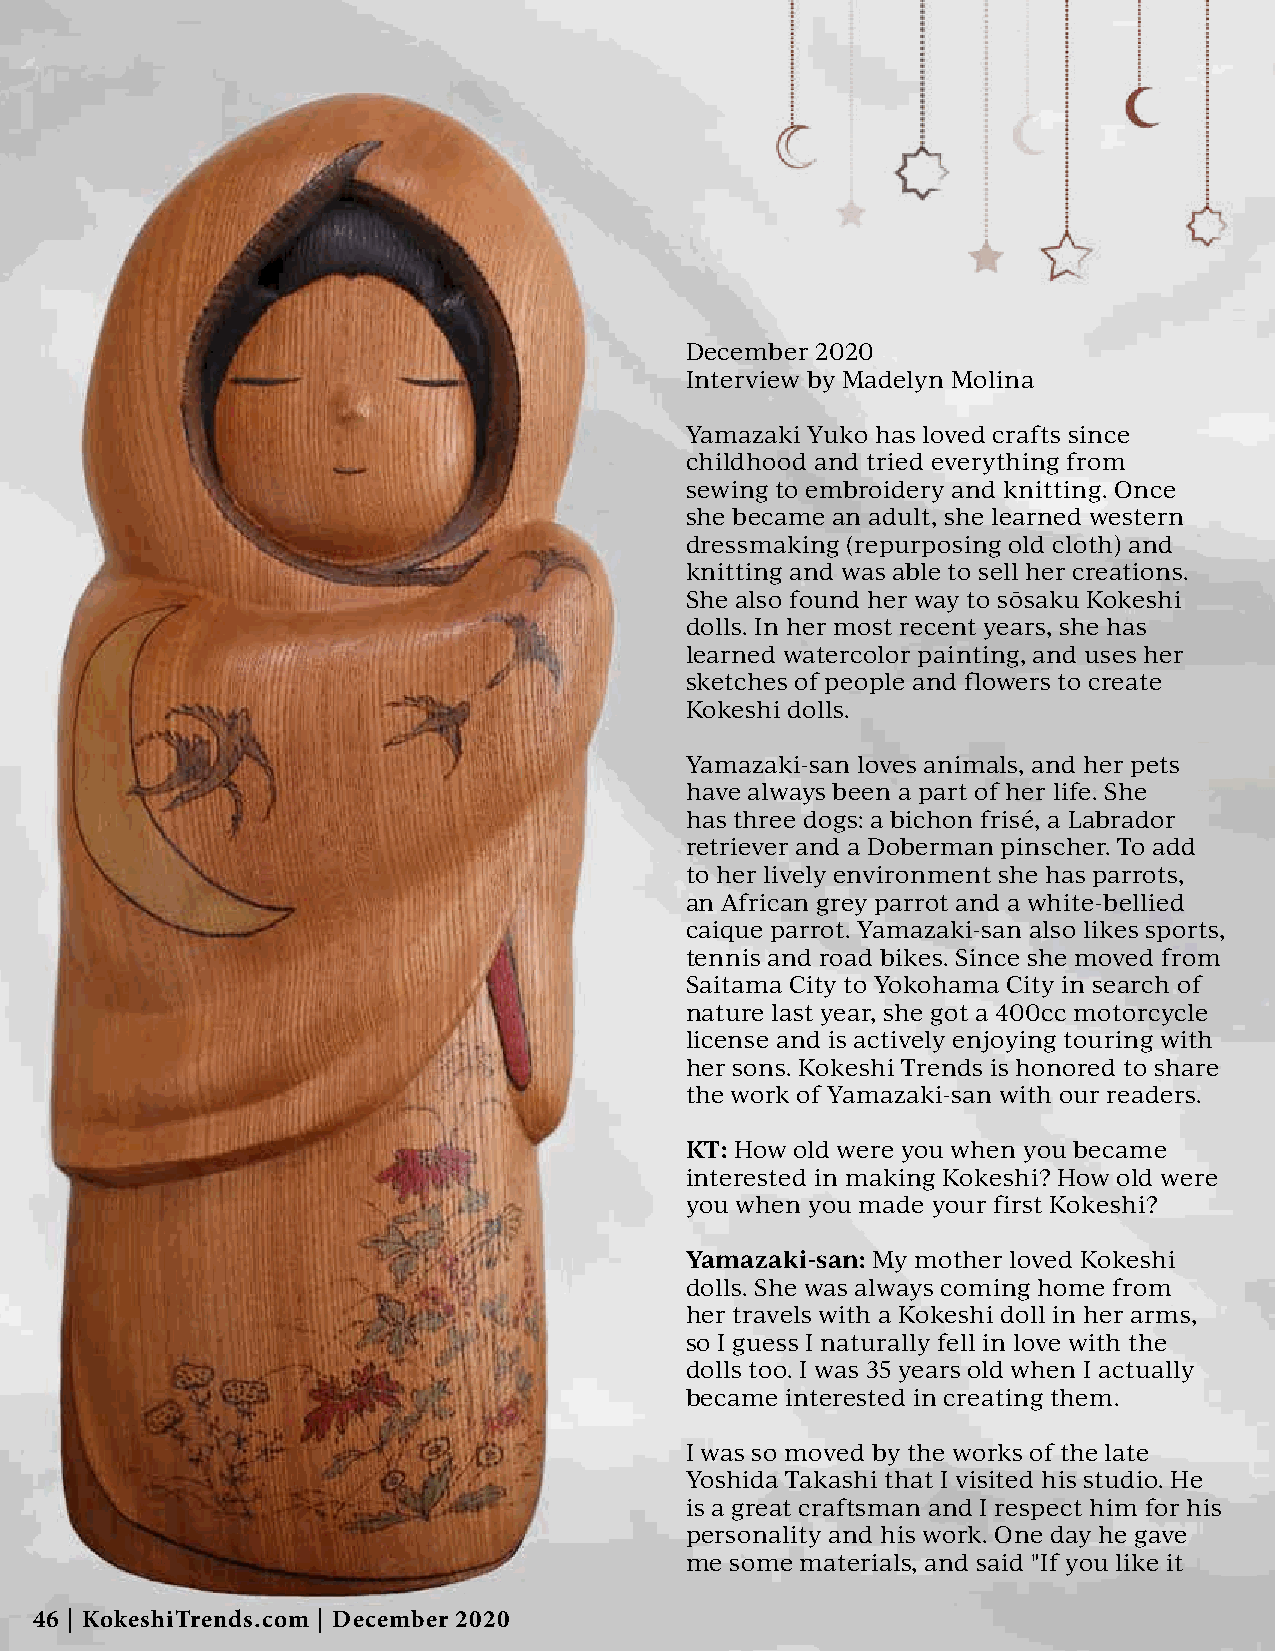
December 2020
 Interview by Madelyn Molina
 Yamazaki Yuko has loved crafts since
 childhood and tried everything from
 sewing to embroidery and knitting. Once
 she became an adult, she learned western
 dressmaking (repurposing old cloth) and
 knitting and was able to sell her creations.
 She also found her way to sōsaku Kokeshi
 dolls. In her most recent years, she has
 learned watercolor painting, and uses her
 sketches of people and flowers to create
 Kokeshi dolls.
 Yamazaki-san loves animals, and her pets
 have always been a part of her life. She
 has three dogs: a bichon frisé, a Labrador
 retriever and a Doberman pinscher. To add
 to her lively environment she has parrots,
 an African grey parrot and a white-bellied
 caique parrot. Yamazaki-san also likes sports,
 tennis and road bikes. Since she moved from
 Saitama City to Yokohama City in search of
 nature last year, she got a 400cc motorcycle
 license and is actively enjoying touring with
 her sons. Kokeshi Trends is honored to share
 the work of Yamazaki-san with our readers.
 KT: How old were you when you became
 interested in making Kokeshi? How old were
 you when you made your first Kokeshi?
 Yamazaki-san: My mother loved Kokeshi
 dolls. She was always coming home from
 her travels with a Kokeshi doll in her arms,
 so I guess I naturally fell in love with the
 dolls too. I was 35 years old when I actually
 became interested in creating them.
 I was so moved by the works of the late
 Yoshida Takashi that I visited his studio. He
 is a great craftsman and I respect him for his
 personality and his work. One day he gave
 me some materials, and said "If you like it
 46 | KokeshiTrends.com | December 2020